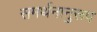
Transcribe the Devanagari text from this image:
समर्थनानुरूप